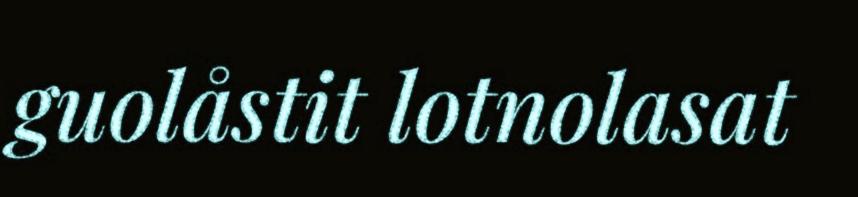
guolåstit lotnolasat